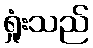
ရှုံးသည်